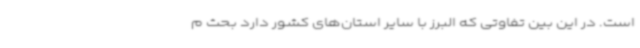
است. در این بین تفاوتی که البرز با سایر استان‌های کشور دارد بحث م